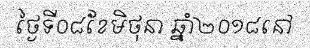
ថ្ងៃទី០៨ខែមិថុនា ឆ្នាំ២០១៨នៅ